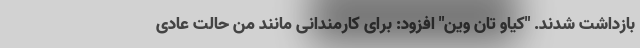
بازداشت شدند. "کیاو تان وین" افزود: برای کارمندانی مانند من حالت عادی